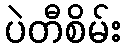
ပဲတီစိမ်း